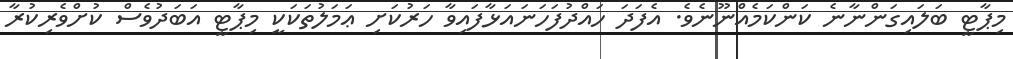
މިޕާޓީ ބަލައިގަންނާނެ ކަންކަމެއްނޫނެވެ. އެފަދަ ހައްދުފަހަނައަޅާފައިވާ ހަރުކަށި ޢަމަލުތަކަކީ މިޕާޓީ އަބަދުވެސް ކުށްވެރިކުރާ